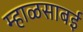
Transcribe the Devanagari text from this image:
म्हाळसाबई